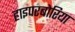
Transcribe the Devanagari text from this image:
हाइपरबोरिया